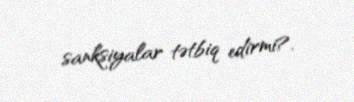
sanksiyalar tətbiq edirmi?.